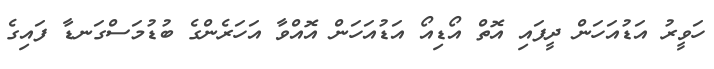
ހަވީރު އަޑުއަހަން ދީފައި އޮތް އޯޑިއޯ އަޑުއަހަން އޮއްވާ އަހަރެންގެ ބުޑުމަސްގަނޑާ ފައިގެ